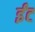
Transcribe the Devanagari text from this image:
र्इंट